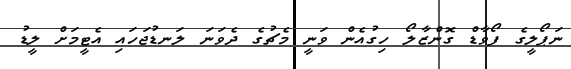
ނަޕޯލީގެ ފޯވާޑް ގޮންޒާލޯ ހިގުއެން ވަނީ މެޗުގެ ދެވަނަ ލަނޑުޖަހައި އެޓީމަށް ލީޑު